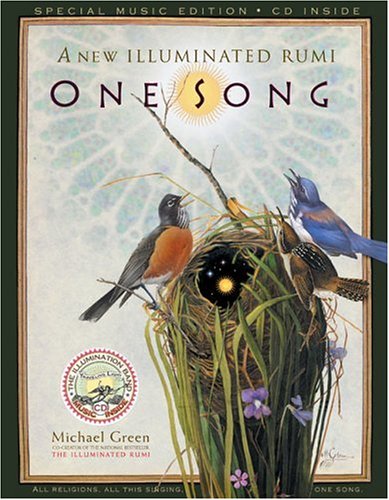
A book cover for One Song: A New Illuminated Rumi; Michael Green; Literature & Fiction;